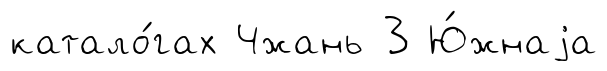
катало́гах Чжань 3 Ю́жнаjа